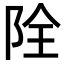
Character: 𨹑